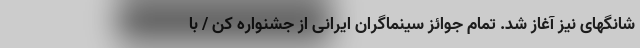
شانگهای نیز آغاز شد. تمام جوائز سینماگران ایرانی از جشنواره کن / با